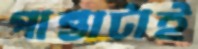
পান্তাটাই